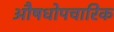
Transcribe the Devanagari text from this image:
औषधोपचारिक